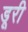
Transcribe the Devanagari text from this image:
डूरी